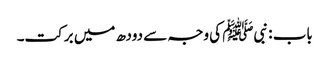
باب : نبیﷺ کی وجہ سے دودھ میں برکت۔